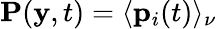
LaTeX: \mathbf{P}(\mathbf{y},t)=\langle\mathbf{p}_{i}(t)\rangle_{\nu}